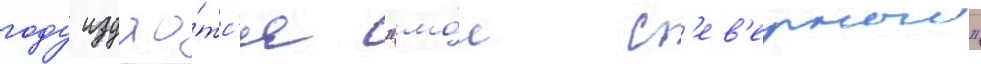
году издао́тс'я "мо́л с'ев'ерныи"